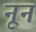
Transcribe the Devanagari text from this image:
नूनं